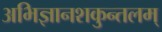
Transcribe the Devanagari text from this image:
अभिज्ञानशकुन्तलम्